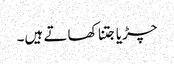
چڑیا جتنا کھاتے ہیں۔